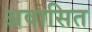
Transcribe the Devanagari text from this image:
अवासित